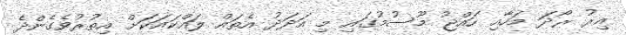
އިރު ރޯދަ މަހާއި ހައްޖު މޫސުމުގައި މި އަދަދު އެތައް ލައްކައަކަށް އިތުރުވެގެންދެ